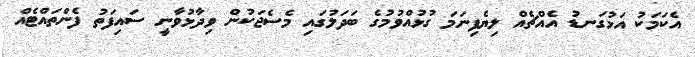
އެކަމަކު އަޅުގަނޑު އެއްޗެއް ލިޔެފިނަމަ ގުޅުއްވުމުގެ ބަދަލުގައި މެސެޖަކުން ވިދާޅުވާނީ ސައިފަތު ފެންތައްޓެއް